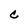
Character: C